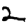
Digit: 2